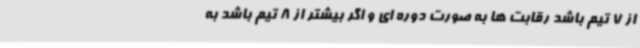
از 7 تیم باشد رقابت ها به صورت دوره ای و اگر بیشتر از 8 تیم باشد به